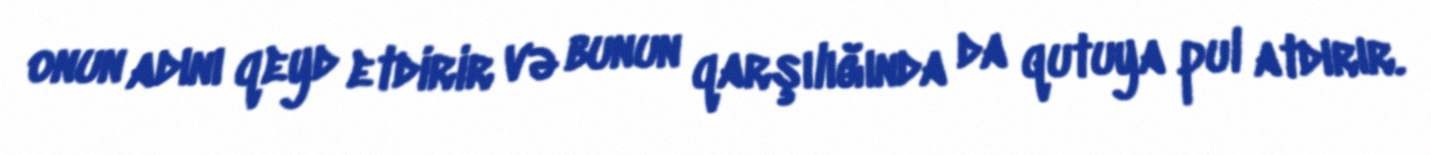
onun adını qeyd etdirir və bunun qarşılığında da qutuya pul atdırır.